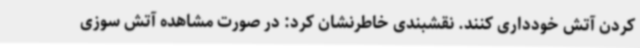
کردن آتش خودداری کنند. نقشبندی خاطرنشان کرد: در صورت مشاهده آتش سوزی